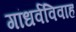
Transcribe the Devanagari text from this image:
गांधर्वविवाह